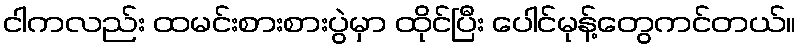
ငါကလည်း ထမင်းစားစားပွဲမှာ ထိုင်ပြီး ပေါင်မုန့်တွေကင်တယ်။